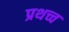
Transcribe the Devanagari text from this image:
प्रथच्च